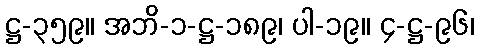
ဋ္ဌ-၃၅၉။ အဘိ-၁-ဋ္ဌ-၁၈၉၊ ပါ-၁၉။ ၄-ဋ္ဌ-၉၆၊